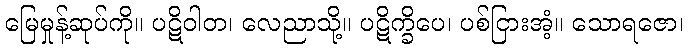
မြေမှုန့်ဆုပ်ကို။ ပဋိဝါတ၊ လေညာသို့။ ပဋိက္ခိပေ၊ ပစ်ငြားအံ့။ သောရဇော၊